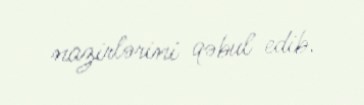
nazirlərini qəbul edib.